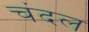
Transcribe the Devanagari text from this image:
चंदल